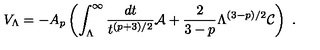
V _ { \Lambda } = - A _ { p } \left( \int _ { \Lambda } ^ { \infty } { \frac { d t } { t ^ { ( p + 3 ) / 2 } } } { \cal A } + { \frac { 2 } { 3 - p } } \Lambda ^ { ( 3 - p ) / 2 } { \cal C } \right) \ .